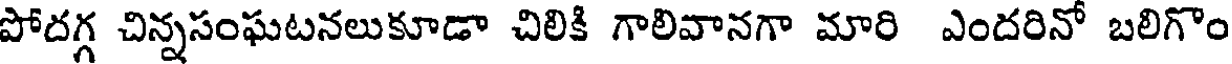
పోదగ్గ చిన్నసంఘటనలుకూడా చిలికి గాలివానగా మారి ఎందరినో బలిగొం